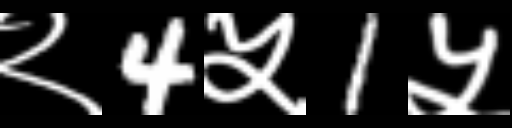
Text: २4५1५